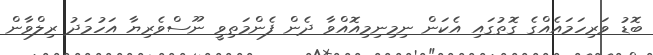
ބޮޑު ވަރިހަމައެއްގެ ގޮތުގައި އެކަން ނިމިނިމިއޮއްވާ ދެން ފެންމަތިވީ ނޫސްވެރިޔާ އަހުމަދު ރިލްވާން